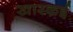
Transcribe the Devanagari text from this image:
खारकई